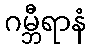
ဂမ္ဘီရာနံ